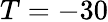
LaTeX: T=-30